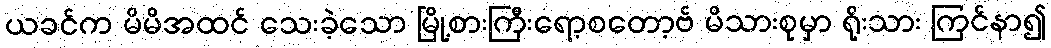
ယခင်က မိမိအထင် သေးခဲ့သော မြို့စားကြီးရော့စတော့ဗ် မိသားစုမှာ ရိုးသား ကြင်နာ၍